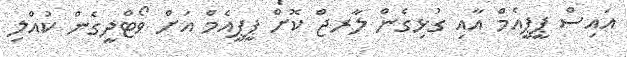
އައިސް ޕީޕީއެމް އާއި ގުޅިގެން ލާރޖް ކޮށް ޕީޕީއެމް އަށް ވޯޓްދީގެން ކުއްލި